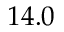
1 4 . 0